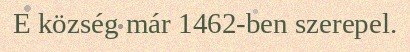
E község már 1462-ben szerepel.